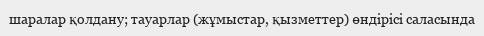
шаралар қолдану; тауарлар (жұмыстар, қызметтер) өндірісі саласында